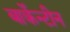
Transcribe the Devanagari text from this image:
बार्केन्टीन